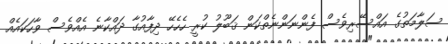
ސަލާމަތުގެ އައްސޭރިވެސް ފެންނަންނެތްކަން ޤަބޫލު ކުރީ ހެހެހޭ ދިފާއުގާ ދައްކާނެ އެއްވެސް ވާހަކައެއް